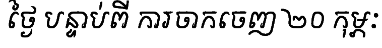
ថ្ងៃ បន្ទាប់ពី ការចាកចេញ ២០ កុម្ភៈ